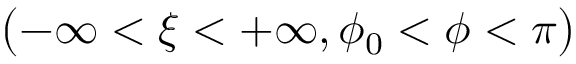
\displaystyle \bigl ( - \infty < \xi < + \infty , \phi _ { 0 } < \phi < \pi \bigr )